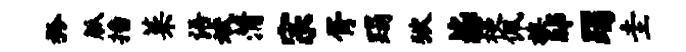
矜觚播菜语斌蒲宗胥蹋狱毖梗佩族邸躅圭